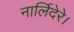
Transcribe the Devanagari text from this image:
नार्लिदेरे।